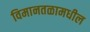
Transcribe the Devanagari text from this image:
विमानतळामधील